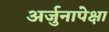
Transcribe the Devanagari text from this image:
अर्जुनापेक्षा